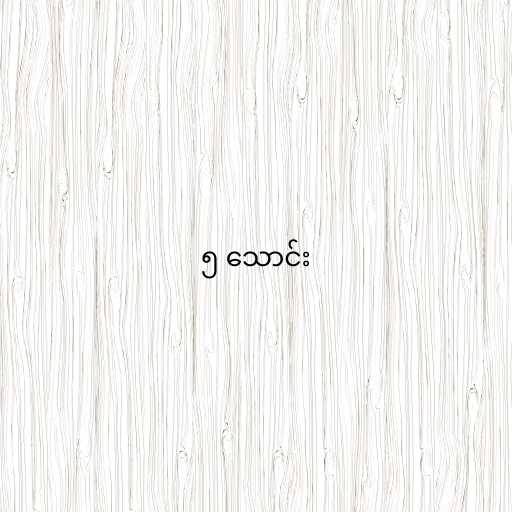
၅ သောင်း